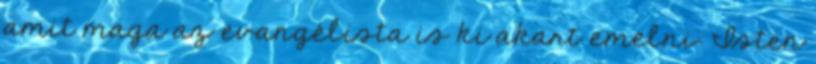
amit maga az evangélista is ki akart emelni: Isten